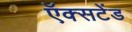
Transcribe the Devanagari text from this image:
ऍक्सटेंड